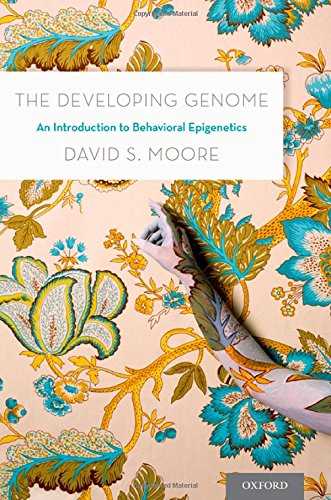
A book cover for The Developing Genome: An Introduction to Behavioral Epigenetics; David S. Moore; Medical Books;